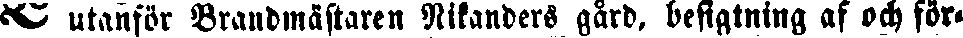
# utanför Brandmästaren Nikanders gård, befigtning af och för-